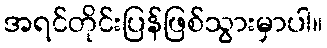
အရင်တိုင်းပြန်ဖြစ်သွားမှာပါ။